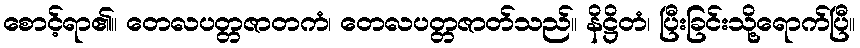
စောင့်ရာ၏။ တေလပတ္တဇာတကံ၊ တေလပတ္တဇာတ်သည်။ နိဋ္ဌိတံ၊ ပြီးခြင်းသို့ရောက်ပြီ။